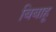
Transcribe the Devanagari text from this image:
बिबाहू